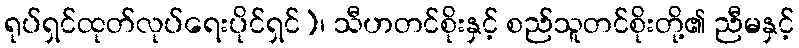
ရုပ်ရှင်ထုတ်လုပ်ရေးပိုင်ရှင်)၊ သီဟတင်စိုးနှင့် စည်သူတင်စိုးတို့၏ ညီမနှင့်